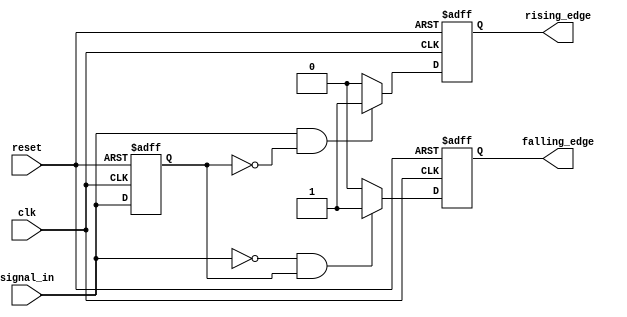
module schmitt_trigger_edge_detector (
    input wire clk,              // Clock input
    input wire reset,            // Asynchronous reset
    input wire signal_in,        // Input signal to be monitored
    output reg rising_edge,      // Rising edge detected output
    output reg falling_edge      // Falling edge detected output
);

    // Parameters for threshold levels
    parameter Vth_high = 1'b1;   // Upper threshold (high)
    parameter Vth_low  = 1'b0;   // Lower threshold (low)

    // Memory block to hold the previous state of the input signal
    reg prev_state;

    // Edge detection logic
    always @(posedge clk or posedge reset) begin
        if (reset) begin
            // Reset outputs and previous state
            rising_edge <= 1'b0;
            falling_edge <= 1'b0;
            prev_state <= 1'b0;
        end else begin
            // Initialize edge outputs to 0
            rising_edge <= 1'b0;
            falling_edge <= 1'b0;

            // Check for rising edge
            if (signal_in == Vth_high && prev_state == Vth_low) begin
                rising_edge <= 1'b1; // Rising edge detected
            end

            // Check for falling edge
            if (signal_in == Vth_low && prev_state == Vth_high) begin
                falling_edge <= 1'b1; // Falling edge detected
            end

            // Update previous state with current input
            prev_state <= signal_in;
        end
    end

endmodule